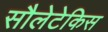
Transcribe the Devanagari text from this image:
सौलेटेकिस